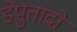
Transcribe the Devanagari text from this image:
डेपुतादो